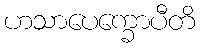
ဟသာပေက္ခောပီတိ